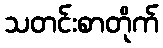
သတင်းစာတိုက်